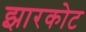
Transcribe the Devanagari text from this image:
झारकोट